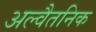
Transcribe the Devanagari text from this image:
अल्वैतनिक